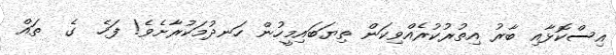
އިސްކޮޅާއި ބާރު އިތުރުކުރެއްވިކަން ތިޔަބައިމީހުން ހަނދުމަކުރާށެވެ! ފަހެ  ގެ  ތައް